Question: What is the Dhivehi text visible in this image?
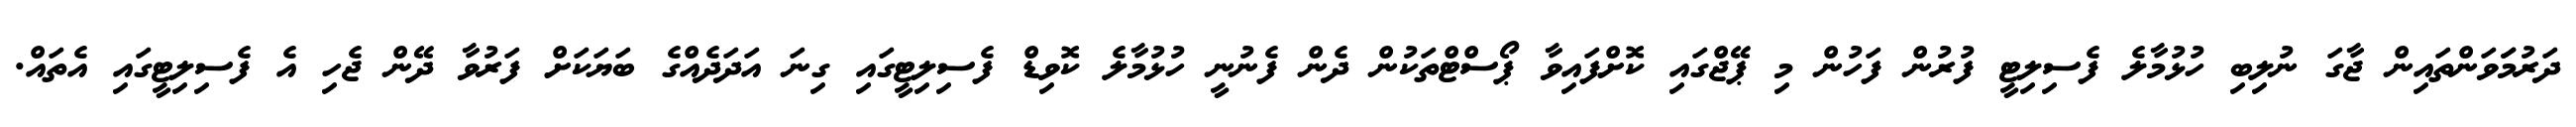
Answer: ދަރުމަަވަންތައިން ޖާގަ ނުލިބި ހުޅުމާލެ ފެސިލިޓީ ފުރުން ފަހުން މި ޕޭޖްގައި ކޮށްފައިވާ ޕޯސްޓްތަކުން ދެން ފެނުނީ ހުޅުމާލެ ކޮވިޑް ފެސިލިޓީގައި ގިނަ އަދަދެއްގެ ބަޔަކަށް ފަރުވާ ދޭން ޖެހި އެ ފެސިލިޓީގައި އެތައް.